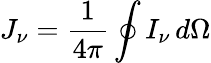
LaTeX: J_{\nu}={\frac{1}{4\pi}}\oint I_{\nu}\, d\Omega